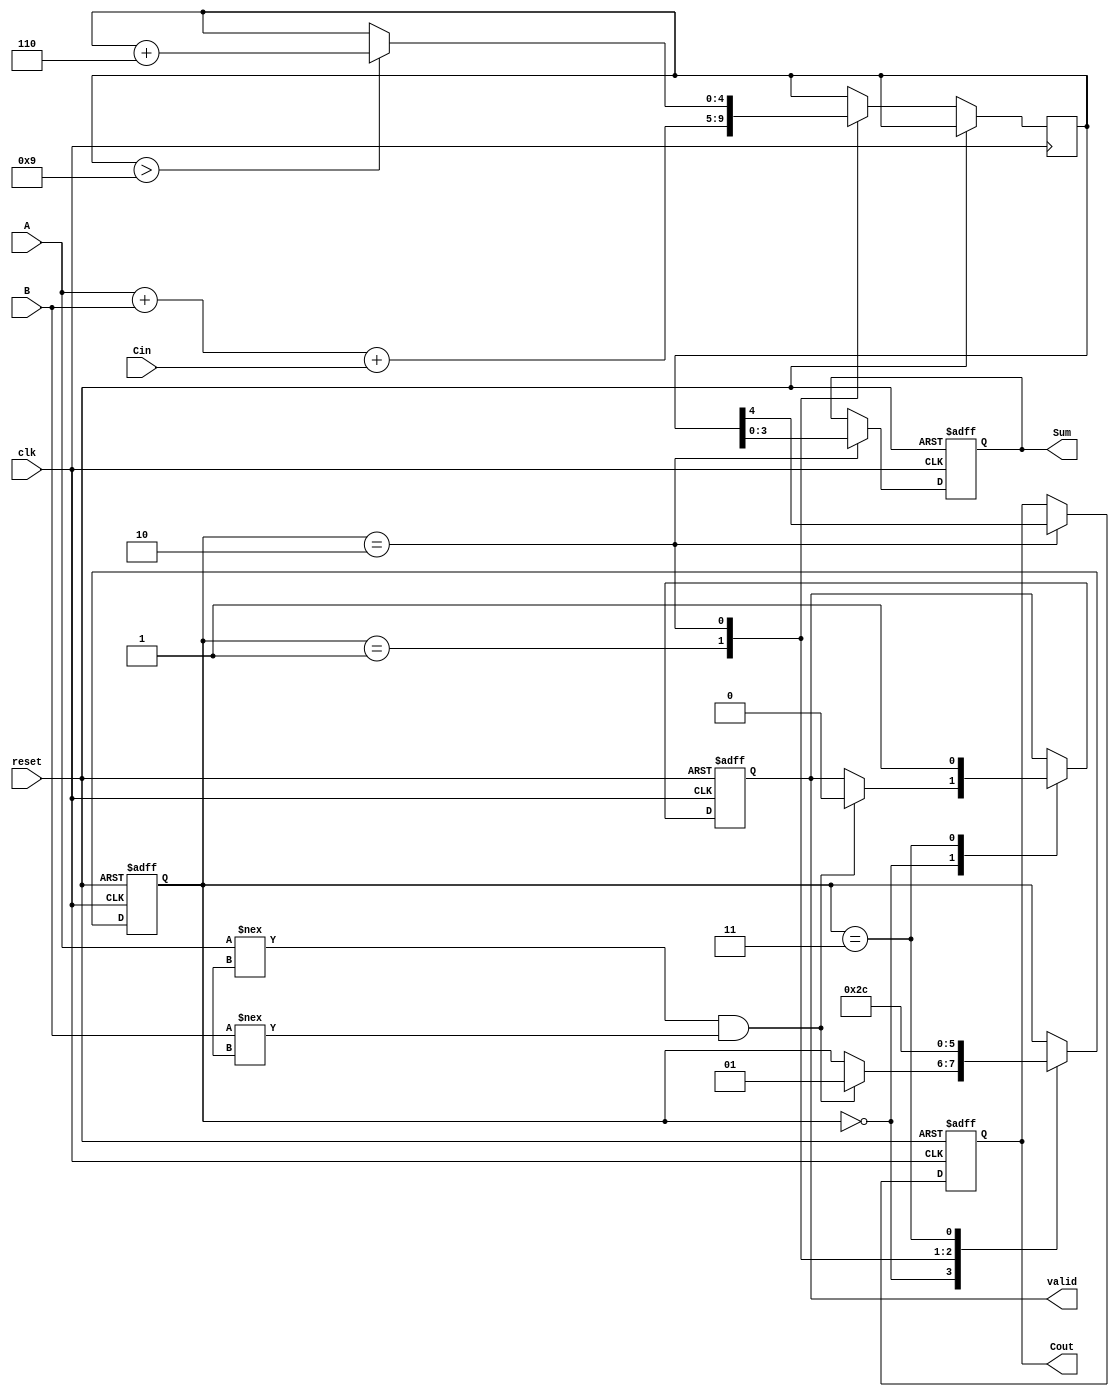
module BCD_Sequential_Adder (
    input wire [3:0] A,          // First BCD digit
    input wire [3:0] B,          // Second BCD digit
    input wire Cin,              // Carry input
    input wire clk,              // Clock signal
    input wire reset,            // Reset signal
    output reg [3:0] Sum,        // BCD result
    output reg Cout,             // Carry output
    output reg valid             // Valid signal
);

    // Internal registers
    reg [4:0] internal_sum;      // 5 bits to include potential carry
    reg [1:0] state;             // State of the FSM
    parameter IDLE = 2'b00,      // Idle state
              ADD = 2'b01,       // Add state
              CORRECT = 2'b10,   // Correction state
              READY = 2'b11;      // Ready state

    // State machine process
    always @(posedge clk or posedge reset) begin
        if (reset) begin
            state <= IDLE;
            Sum <= 4'b0000;
            Cout <= 1'b0;
            valid <= 1'b0;
        end else begin
            case (state)
                IDLE: begin
                    // Wait for valid inputs
                    if (A !== 4'bx && B !== 4'bx) begin
                        state <= ADD;
                        valid <= 1'b0; // Not valid yet
                    end
                end

                ADD: begin
                    // Perform addition
                    internal_sum <= A + B + Cin;
                    state <= CORRECT;
                end

                CORRECT: begin
                    // Check if correction is needed
                    if (internal_sum > 9) begin
                        internal_sum <= internal_sum + 5'b00110; // Add 6 in binary
                    end
                    Sum <= internal_sum[3:0]; // Assign lower 4 bits to Sum
                    Cout <= internal_sum[4];   // Assign carry-out
                    state <= READY;
                end

                READY: begin
                    // Mark result as valid
                    valid <= 1'b1;
                    state <= IDLE; // Go back to idle for next operation
                end

                default: begin
                    state <= IDLE; // Safe state
                end
            endcase
        end
    end

endmodule